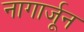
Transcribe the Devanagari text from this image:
नागार्जून